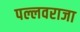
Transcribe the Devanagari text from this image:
पल्लवराजा